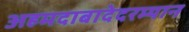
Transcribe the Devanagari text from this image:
अहमदाबादेदरम्यान